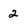
Character: 2